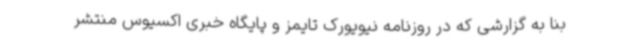
بنا به گزارشی که در روزنامه نیویورک تایمز و پایگاه خبری اکسیوس منتشر